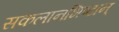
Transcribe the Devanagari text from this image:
सकलानभिष्टान्